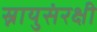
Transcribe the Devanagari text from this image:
स्नायुसंरक्षी